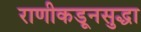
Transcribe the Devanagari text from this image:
राणीकडूनसुद्धा